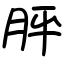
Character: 胓